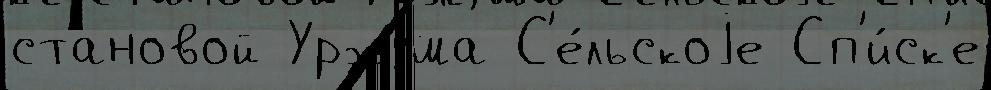
становой Уржума С'е́льскоjе Сп'и́ск'е